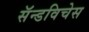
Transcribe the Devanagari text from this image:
सॅन्डविचेस